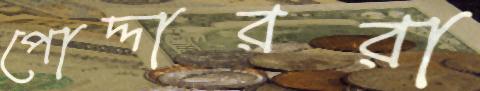
পোদ্দাররা